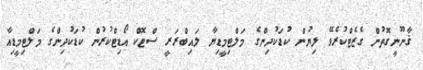
ޤާނޫނީގޮތުން ގެޒެޓްކުރެވޭ ލިޔުން ކުޑަކުދިންގެ މަލްޓިމީޑިޔާ ލައިބްރަރީ ސްޓޮކް އޯޑިޓްކުރުން ކުޑަކުދިންގެ މަލްޓިމީޑިއާ